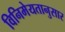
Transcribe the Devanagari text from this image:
विनिमेयतानुसार